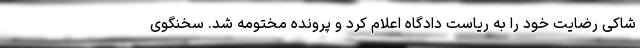
شاکی رضایت خود را به ریاست دادگاه اعلام کرد و پرونده مختومه شد. سخنگوی